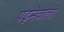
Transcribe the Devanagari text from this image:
पढ़नेवाली